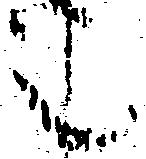
之